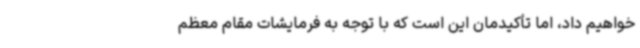
خواهیم داد، اما تأکیدمان این است که با توجه به فرمایشات مقام معظم